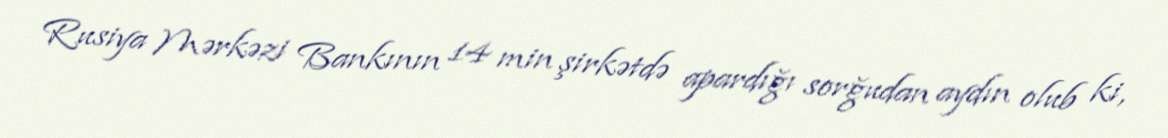
Rusiya Mərkəzi Bankının 14 min şirkətdə apardığı sorğudan aydın olub ki,